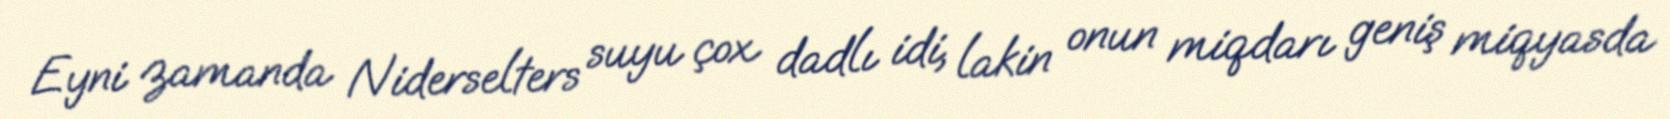
Eyni zamanda Niderselters suyu çox dadlı idi, lakin onun miqdarı geniş miqyasda